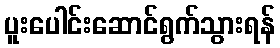
ပူးပေါင်းဆောင်ရွက်သွားရန်